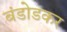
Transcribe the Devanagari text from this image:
बंडोडकर